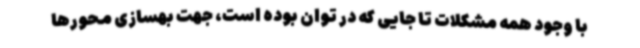
با وجود همه مشکلات تا جایی که در توان بوده است، جهت بهسازی محورها